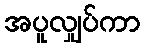
အပူလျှပ်ကာ